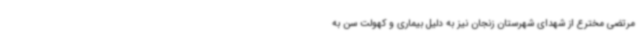
مرتضی مخترع از شهدای شهرستان زنجان نیز به دلیل بیماری و کهولت سن به